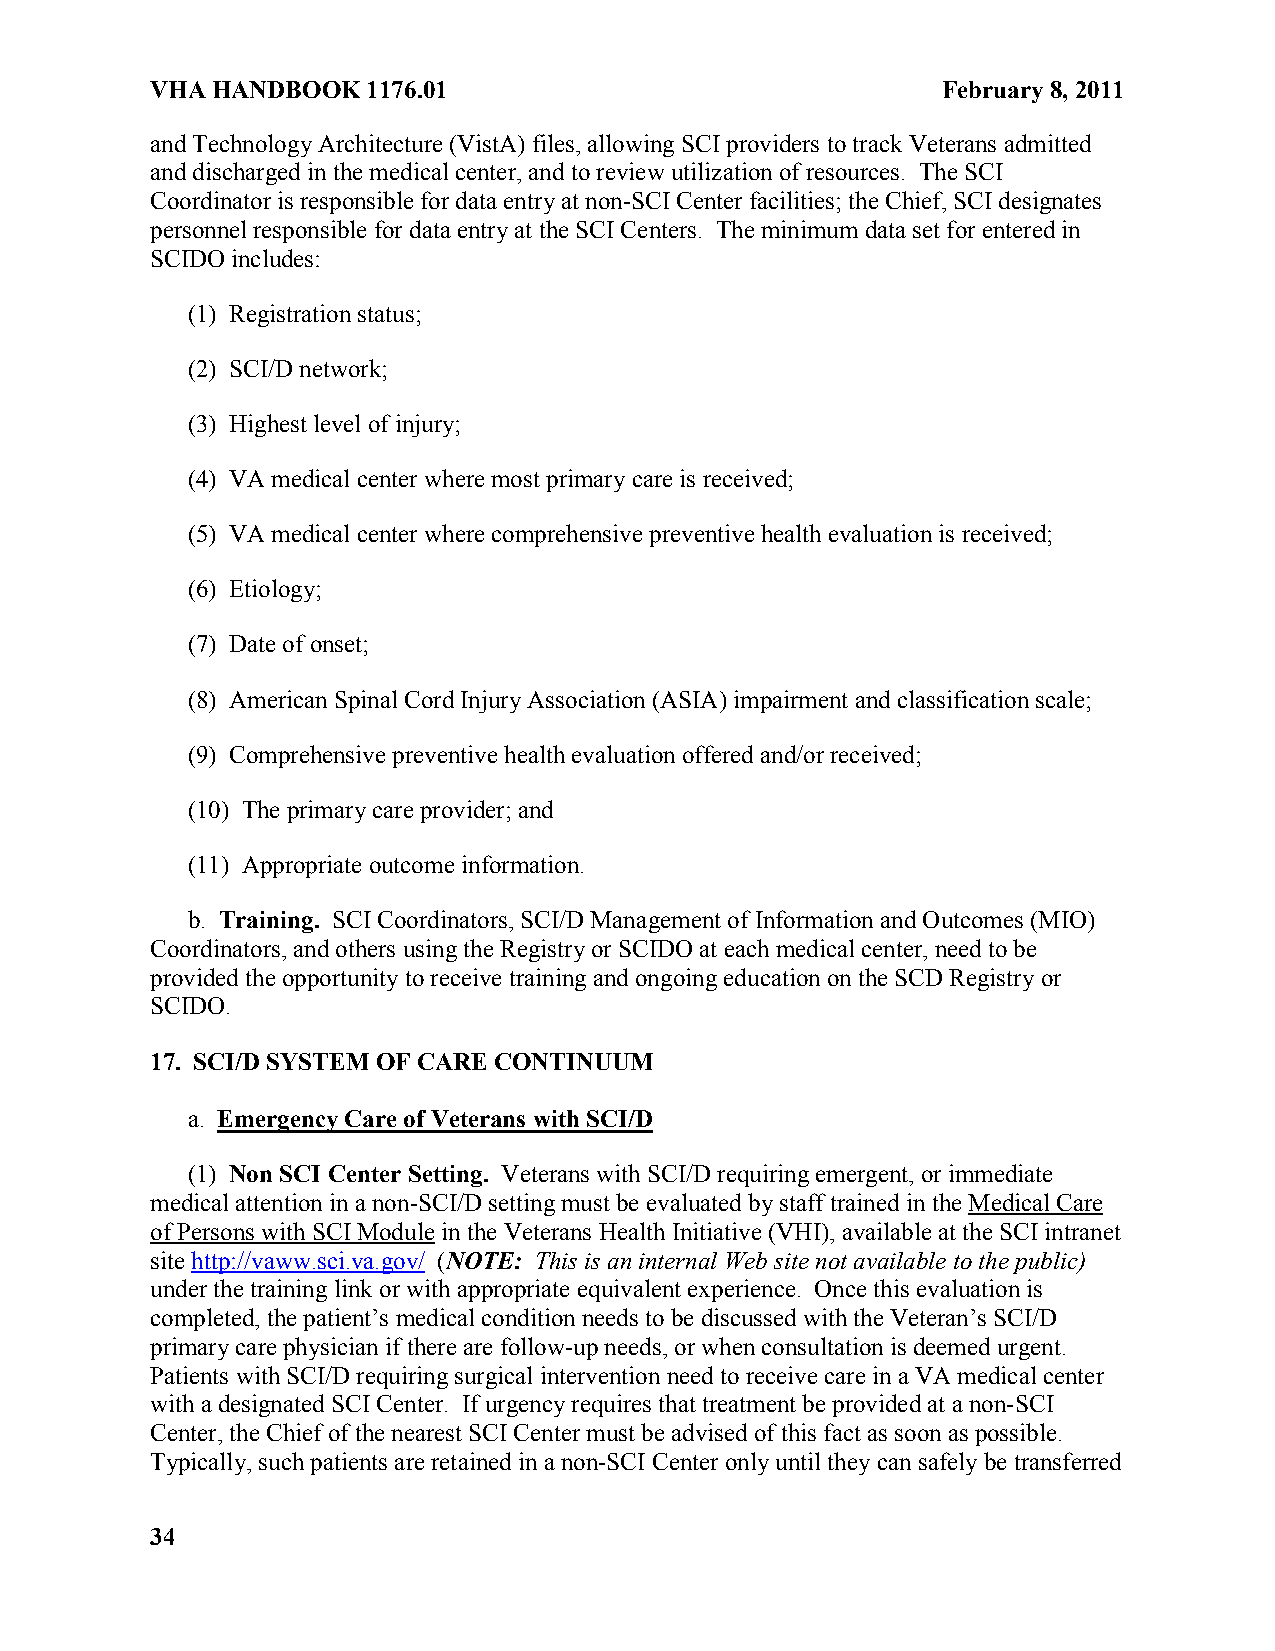
VHA HANDBOOK  1176.01                               February 8, 2011
 and Technology Architecture (VistA) files, allowing SCI providers to track Veterans admitted
 and discharged in the medical center, and to review utilization of resources. The SCI
 Coordinator is responsible for data entry at non-SCI Center facilities; the Chief, SCI designates
 personnel responsible for data entry at the SCI Centers. The minimum data set for entered in
 SCIDO includes:
 (1) Registration status;
 (2) SCI/D network;
 (3) Highest level of injury;
 (4) VA medical center where most primary care is received;
 (5) VA medical center where comprehensive preventive health evaluation is received;
 (6) Etiology;
 (7) Date of onset;
 (8) American Spinal Cord Injury Association (ASIA) impairment and classification scale;
 (9) Comprehensive preventive health evaluation offered and/or received;
 (10) The primary care provider; and
 (11) Appropriate outcome information.
 b. Training. SCI Coordinators, SCI/D Management of Information and Outcomes (MIO)
 Coordinators, and others using the Registry or SCIDO at each medical center, need to be
 provided the opportunity to receive training and ongoing education on the SCD Registry or
 SCIDO.
 17. SCI/D SYSTEM OF CARE CONTINUUM
 a. Emergency Care of Veterans with SCI/D
 (1) Non SCI Center Setting. Veterans with SCI/D requiring emergent, or immediate
 medical attention in a non-SCI/D setting must be evaluated by staff trained in the Medical Care
 of Persons with SCI Module in the Veterans Health Initiative (VHI), available at the SCI intranet
 site http://vaww.sci.va.gov/ (NOTE: This is an internal Web site not available to the public)
 under the training link or with appropriate equivalent experience. Once this evaluation is
 completed, the patient’s medical condition needs to be discussed with the Veteran’s SCI/D
 primary care physician if there are follow-up needs, or when consultation is deemed urgent.
 Patients with SCI/D requiring surgical intervention need to receive care in a VA medical center
 with a designated SCI Center. If urgency requires that treatment be provided at a non-SCI
 Center, the Chief of the nearest SCI Center must be advised of this fact as soon as possible.
 Typically, such patients are retained in a non-SCI Center only until they can safely be transferred
 34